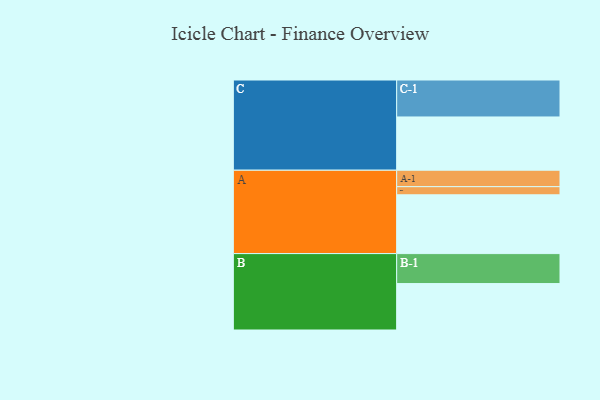
{"axis": {"x": "Segment", "y": "Value"}, "legend": ["", "A", "B", "C"], "data": [{"x": "A", "y": 404, "type": ""}, {"x": "B", "y": 319, "type": ""}, {"x": "C", "y": 366, "type": ""}, {"x": "A-1", "y": 113, "type": "A"}, {"x": "A-2", "y": 56, "type": "A"}, {"x": "B-1", "y": 206, "type": "B"}, {"x": "C-1", "y": 254, "type": "C"}]}